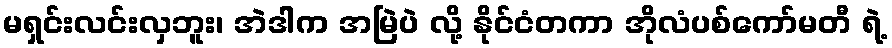
မရှင်းလင်းလှဘူး၊ အဲဒါက အမြဲပဲ လို့ နိုင်ငံတကာ အိုလံပစ်ကော်မတီ ရဲ့